Scottish Leaving Certificate Examination, 1956
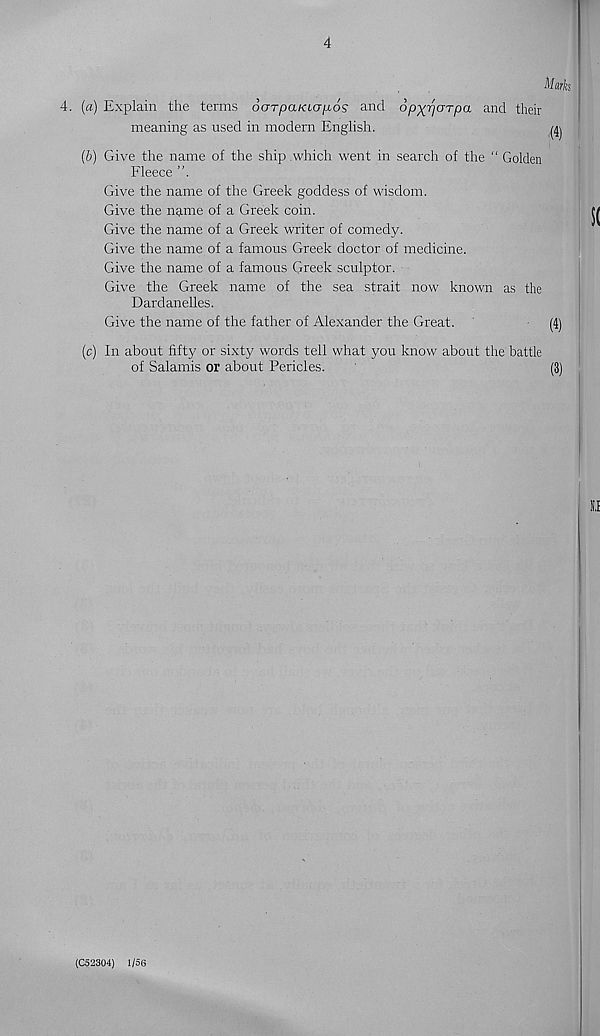
4
Marks
4. (a) Explain the terms oorpaKioiios and op-^rjaTpa and their
meaning as used in modern English.
^
(6) Give the name of the ship which went in search of the “ Golden
Fleece
Give the name of the Greek goddess of wisdom.
Give the name of a Greek coin.
Give the name of a Greek writer of comedy.
Give the name of a famous Greek doctor of medicine.
Give the name of a famous Greek sculptor.
Give the Greek name of the sea strait now known as the
Dardanelles.
Give the name of the father of Alexander the Great.
(4)
(c) In about fifty or sixty words tell what you know about the battle
of Salamis or about Pericles.
(3)
(C52304) 1/56